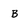
Character: B